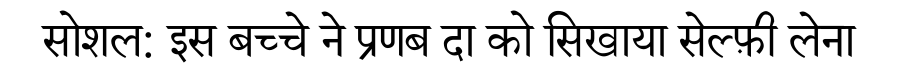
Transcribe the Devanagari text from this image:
सोशल: इस बच्चे ने प्रणब दा को सिखाया सेल्फ़ी लेना